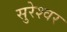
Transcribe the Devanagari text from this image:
सुरेश्‍वर